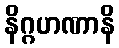
နိဂ္ဂဟဏာနိ